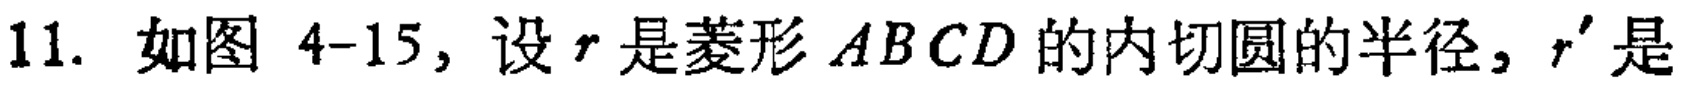
11. 如图 4-15，设\(r\)是菱形\(ABCD\)的内切圆的半径，\(r'\)是